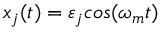
x _ { j } ( t ) = \varepsilon _ { j } c o s ( \omega _ { m } t )